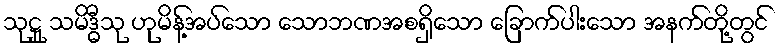
သုဋ္ဌု သမိဒ္ဓီသု ဟုမိန့်အပ်သော သောဘဏအစရှိသော ခြောက်ပါးသော အနက်တို့တွင်